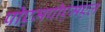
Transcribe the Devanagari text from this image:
पीएमपीएमएल